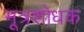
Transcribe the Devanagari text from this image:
मूत्रशोधक